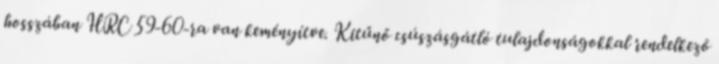
hosszában HRC 59-60-ra van keményítve. Kitűnő csúszásgátló tulajdonságokkal rendelkező